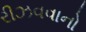
રીઝવવાનો